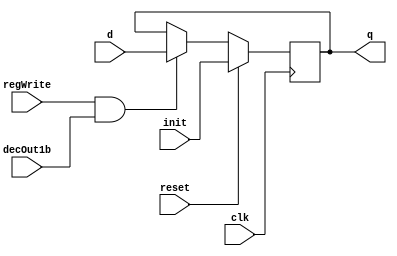
// Instruction Memory Design
module D_ff_Mem (input clk, input reset, input regWrite, input decOut1b,input init, input d, output reg q);
	always @ (negedge clk)
	begin
	if(reset==1)
		q=init;
	else
		if(regWrite == 1 && decOut1b==1) begin q=d; end
	end
endmodule

module register_Mem(input clk,input reset,input regWrite,input decOut1b,input [15:0]init, input [15:0] d_in, output [15:0] q_out);
	D_ff_Mem dMem0 (clk,reset,regWrite,decOut1b,init[0],d_in[0],q_out[0]);
	D_ff_Mem dMem1 (clk,reset,regWrite,decOut1b,init[1],d_in[1],q_out[1]);
	D_ff_Mem dMem2 (clk,reset,regWrite,decOut1b,init[2],d_in[2],q_out[2]);
	D_ff_Mem dMem3 (clk,reset,regWrite,decOut1b,init[3],d_in[3],q_out[3]);
	
	D_ff_Mem dMem4 (clk,reset,regWrite,decOut1b,init[4],d_in[4],q_out[4]);
	D_ff_Mem dMem5 (clk,reset,regWrite,decOut1b,init[5],d_in[5],q_out[5]);
	D_ff_Mem dMem6 (clk,reset,regWrite,decOut1b,init[6],d_in[6],q_out[6]);
	D_ff_Mem dMem7 (clk,reset,regWrite,decOut1b,init[7],d_in[7],q_out[7]);

	D_ff_Mem dMem8 (clk,reset,regWrite,decOut1b,init[8],d_in[8],q_out[8]);
	D_ff_Mem dMem9 (clk,reset,regWrite,decOut1b,init[9],d_in[9],q_out[9]);
	D_ff_Mem dMem10 (clk,reset,regWrite,decOut1b,init[10],d_in[10],q_out[10]);
	D_ff_Mem dMem11 (clk,reset,regWrite,decOut1b,init[11],d_in[11],q_out[11]);
	
	D_ff_Mem dMem12 (clk,reset,regWrite,decOut1b,init[12],d_in[12],q_out[12]);
	D_ff_Mem dMem13 (clk,reset,regWrite,decOut1b,init[13],d_in[13],q_out[13]);
	D_ff_Mem dMem14 (clk,reset,regWrite,decOut1b,init[14],d_in[14],q_out[14]);
	D_ff_Mem dMem15 (clk,reset,regWrite,decOut1b,init[15],d_in[15],q_out[15]);
endmodule

module decoder4to16( input [3:0] destReg, output reg [15:0] decOut);
	always@(destReg)
	case(destReg)
			4'b0000: decOut=16'b0000000000000001; 
			4'b0001: decOut=16'b0000000000000010;
			4'b0010: decOut=16'b0000000000000100;
			4'b0011: decOut=16'b0000000000001000;
			4'b0100: decOut=16'b0000000000010000;
			4'b0101: decOut=16'b0000000000100000;
			4'b0110: decOut=16'b0000000001000000;
			4'b0111: decOut=16'b0000000010000000;
			4'b1000: decOut=16'b0000000100000000; 
			4'b1001: decOut=16'b0000001000000000;
			4'b1010: decOut=16'b0000010000000000;
			4'b1011: decOut=16'b0000100000000000;
			4'b1100: decOut=16'b0001000000000000;
			4'b1101: decOut=16'b0010000000000000;
			4'b1110: decOut=16'b0100000000000000;
			4'b1111: decOut=16'b1000000000000000;
	endcase
endmodule

module mux16to1( input [15:0] outR0,outR1,outR2,outR3,outR4,outR5,outR6,outR7,outR8,outR9,outR10,outR11,outR12,outR13,outR14,outR15, input [3:0] Sel, output reg [15:0] outBus );
	always@(outR0 or outR1 or outR2 or outR3 or outR4 or outR5 or outR6 or outR7 or outR8 or outR9 or outR10 or outR11 or outR12 or outR13 or outR14 or outR15 or Sel)
	case (Sel)
				4'b0000: outBus=outR0;
				4'b0001: outBus=outR1;
				4'b0010: outBus=outR2;
				4'b0011: outBus=outR3;
				4'b0100: outBus=outR4;
				4'b0101: outBus=outR5;
				4'b0110: outBus=outR6;
				4'b0111: outBus=outR7;
				4'b1000: outBus=outR8;
				4'b1001: outBus=outR9;
				4'b1010: outBus=outR10;
				4'b1011: outBus=outR11;
				4'b1100: outBus=outR12;
				4'b1101: outBus=outR13;
				4'b1110: outBus=outR14;
				4'b1111: outBus=outR15;
	endcase
endmodule

module Mem(input clk, input reset,input memWrite,input memRead, input [15:0] pc, input [15:0] dataIn,output [15:0] IR );
	wire [15:0] Qout0, Qout1, Qout2, Qout3, Qout4, Qout5, Qout6, Qout7,
					Qout8, Qout9, Qout10, Qout11, Qout12, Qout13, Qout14, Qout15,decOut;

	decoder4to16 dec0( pc[4:1], decOut);
	
	register_Mem r0(clk,reset,memWrite,decOut[0],16'b 101_0000_0001_00001,dataIn,Qout0); //addi $r1,$r0,1
	register_Mem r1(clk,reset,memWrite,decOut[1],16'b 101_0000_0010_00010,dataIn,Qout1); //addi $r2,$r0,2
	register_Mem r2(clk,reset,memWrite,decOut[2],16'b 000_0001_0010_00011,dataIn,Qout2); //add $r3,$r1,$r2
	register_Mem r3(clk,reset,memWrite,decOut[3],16'b 001_0010_0010_00000,dataIn,Qout3); //mul $r2,$r2
	
	register_Mem r4(clk,reset,memWrite,decOut[4],16'b 100_0000_0000_00100,dataIn,Qout4); //mflo $r4
	register_Mem r5(clk,reset,memWrite,decOut[5],16'b 000_0100_0011_00111,dataIn,Qout5); //add $r7, $r4, $r3
	register_Mem r6(clk,reset,memWrite,decOut[6],16'b 111_0100_0111_11010,dataIn,Qout6); //sw $r7,26($r4)
	register_Mem r7(clk,reset,memWrite,decOut[7],16'b 000_0111_0001_00111,dataIn,Qout7);  //add $r7,$r7,$r1
	
	register_Mem r8(clk,reset,memWrite,decOut[8],16'b 000_0000_0111_01000,dataIn,Qout8); //add $r8, $r0, $r7
	register_Mem r9(clk,reset,memWrite,decOut[9],16'b 110_0100_0111_11010,dataIn,Qout9); //lw $r7, 26($r4)
	register_Mem r10(clk,reset,memWrite,decOut[10],16'b 000_1000_0100_01100,dataIn,Qout10); //add $r12,$r8,$r4
	register_Mem r11(clk,reset,memWrite,decOut[11],16'b 010_1100_0111_00000,dataIn,Qout11); //div $r12,$r7
	
	register_Mem r12(clk,reset,memWrite,decOut[12],16'b 011_0000_0000_00101,dataIn,Qout12); //mfhi $r5
	register_Mem r13(clk,reset,memWrite,decOut[13],16'b 000_0101_0001_00110,dataIn,Qout13); //add $r6, $r5, $r1
	register_Mem r14(clk,reset,memWrite,decOut[14],16'd0,dataIn,Qout14);
	register_Mem r15(clk,reset,memWrite,decOut[15],16'd0,dataIn,Qout15);	//This memory location stores contents of $r7
	
	mux16to1 mMem (Qout0,Qout1,Qout2,Qout3,Qout4,Qout5,Qout6,Qout7,Qout8,Qout9,Qout10,Qout11,Qout12,Qout13,Qout14,Qout15,pc[4:1],IR);
endmodule
//Instruction Memory Design Ends

//Register File Design
module D_ff (input clk, input reset, input regWrite, input decOut1b, input d, output reg q);
	always @ (negedge clk)
	begin
	if(reset==1'b1)
		q=0;
	else
		if(regWrite == 1'b1 && decOut1b==1'b1) begin q=d; end
	end
endmodule

module register16bit( input clk, input reset, input regWrite, input decOut1b, input [15:0] writeData, output  [15:0] outR );
	D_ff d0(clk, reset, regWrite, decOut1b, writeData[0], outR[0]);
	D_ff d1(clk, reset, regWrite, decOut1b, writeData[1], outR[1]);
	D_ff d2(clk, reset, regWrite, decOut1b, writeData[2], outR[2]);
	D_ff d3(clk, reset, regWrite, decOut1b, writeData[3], outR[3]);
	D_ff d4(clk, reset, regWrite, decOut1b, writeData[4], outR[4]);
	D_ff d5(clk, reset, regWrite, decOut1b, writeData[5], outR[5]);
	D_ff d6(clk, reset, regWrite, decOut1b, writeData[6], outR[6]);
	D_ff d7(clk, reset, regWrite, decOut1b, writeData[7], outR[7]);
	D_ff d8(clk, reset, regWrite, decOut1b, writeData[8], outR[8]);
	D_ff d9(clk, reset, regWrite, decOut1b, writeData[9], outR[9]);
	D_ff d10(clk, reset, regWrite, decOut1b, writeData[10], outR[10]);
	D_ff d11(clk, reset, regWrite, decOut1b, writeData[11], outR[11]);
	D_ff d12(clk, reset, regWrite, decOut1b, writeData[12], outR[12]);
	D_ff d13(clk, reset, regWrite, decOut1b, writeData[13], outR[13]);
	D_ff d14(clk, reset, regWrite, decOut1b, writeData[14], outR[14]);
	D_ff d15(clk, reset, regWrite, decOut1b, writeData[15], outR[15]);
endmodule

module registerSet( input clk, input reset, input regWrite, input [15:0] decOut, input [15:0] writeData,  output [15:0] outR0,outR1,outR2,outR3,outR4,outR5,outR6,outR7,outR8,outR9,outR10,outR11,outR12,outR13,outR14,outR15 );
	register16bit r0 (clk, reset, regWrite, decOut[0] , writeData , outR0 );
	register16bit r1 (clk, reset, regWrite, decOut[1] , writeData , outR1 );
	register16bit r2 (clk, reset, regWrite, decOut[2] , writeData , outR2 );
	register16bit r3 (clk, reset, regWrite, decOut[3] , writeData , outR3 );
	register16bit r4 (clk, reset, regWrite, decOut[4] , writeData , outR4 );
	register16bit r5 (clk, reset, regWrite, decOut[5] , writeData , outR5 );
	register16bit r6 (clk, reset, regWrite, decOut[6] , writeData , outR6 );
	register16bit r7 (clk, reset, regWrite, decOut[7] , writeData , outR7 );
	register16bit r8 (clk, reset, regWrite, decOut[8] , writeData , outR8 );
	register16bit r9 (clk, reset, regWrite, decOut[9] , writeData , outR9 );
	register16bit r10 (clk, reset, regWrite, decOut[10] , writeData , outR10 );
	register16bit r11(clk, reset, regWrite, decOut[11] , writeData , outR11 );
	register16bit r12 (clk, reset, regWrite, decOut[12] , writeData , outR12 );
	register16bit r13 (clk, reset, regWrite, decOut[13] , writeData , outR13 );
	register16bit r14 (clk, reset, regWrite, decOut[14] , writeData , outR14 );
	register16bit r15 (clk, reset, regWrite, decOut[15] , writeData , outR15 );
endmodule

module registerFile(input clk, input reset, input regWrite, input [3:0] srcRegA, input [3:0] srcRegB, 
		input [3:0] destReg,  input [15:0] writeData, output [15:0] outBusA, output [15:0] outBusB );
	wire [15:0] decOut;
	wire [15:0] outR0,outR1,outR2,outR3,outR4,outR5,outR6,outR7,outR8,outR9,outR10,outR11,outR12,outR13,outR14,outR15;
	decoder4to16 d0 (destReg,decOut);
	registerSet rSet0(clk, reset, regWrite, decOut, writeData, outR0,outR1,outR2,outR3,outR4,outR5,outR6,outR7,outR8,outR9,outR10,outR11,outR12,outR13,outR14,outR15);
	mux16to1 m1(outR0,outR1,outR2,outR3,outR4,outR5,outR6,outR7,outR8,outR9,outR10,outR11,outR12,outR13,outR14,outR15,srcRegA,outBusA);
	mux16to1 m2(outR0,outR1,outR2,outR3,outR4,outR5,outR6,outR7,outR8,outR9,outR10,outR11,outR12,outR13,outR14,outR15,srcRegB,outBusB);
endmodule
//Register File Design Ends

//D_ff for IR register
module D_ff_IR (input IRWrite, input d, output reg q);
	always @ (IRWrite or d)
		begin
		if(IRWrite)
			q=d;
		end
endmodule

//Register to be used for IR register
module register16bit_IR(IRWrite, writeData, outBus);

	input IRWrite;
	input [15:0] writeData;
	output [15:0] outBus;
	D_ff_IR d0(IRWrite, writeData[0], outBus[0]);
	D_ff_IR d1(IRWrite, writeData[1], outBus[1]);
	D_ff_IR d2(IRWrite, writeData[2], outBus[2]);
	D_ff_IR d3(IRWrite, writeData[3], outBus[3]);
	D_ff_IR d4(IRWrite, writeData[4], outBus[4]);
	D_ff_IR d5(IRWrite, writeData[5], outBus[5]);
	D_ff_IR d6(IRWrite, writeData[6], outBus[6]);
	D_ff_IR d7(IRWrite, writeData[7], outBus[7]);
	D_ff_IR d8(IRWrite, writeData[8], outBus[8]);
	D_ff_IR d9(IRWrite, writeData[9], outBus[9]);
	D_ff_IR d10(IRWrite, writeData[10], outBus[10]);
	D_ff_IR d11(IRWrite, writeData[11], outBus[11]);
	D_ff_IR d12(IRWrite, writeData[12], outBus[12]);
	D_ff_IR d13(IRWrite, writeData[13], outBus[13]);
	D_ff_IR d14(IRWrite, writeData[14], outBus[14]);
	D_ff_IR d15(IRWrite, writeData[15], outBus[15]);
endmodule

module mux2to1_16bits(input [15:0] in1, input [15:0] in2, input sel, output reg [15:0] muxout);
always @ (in1 or in2 or sel)
begin 
  case(sel)
    1'b0: muxout = in1;
    1'b1: muxout = in2;
  endcase
end  
	//Write your code here	 
endmodule

module mux2to1_4bits(input [3:0] in1, input [3:0] in2, input sel, output reg [3:0] muxout);
always @ (in1 or in2 or sel)
begin 
  case(sel)
    1'b0: muxout = in1;
    1'b1: muxout = in2;
  endcase
end				 
	//Write your code here					 
endmodule

module signExt5to16( input [4:0] offset, output reg [15:0] signExtOffset);
always @ (offset)
begin
  signExtOffset[0]=offset[0];
  signExtOffset[1]=offset[1];
  signExtOffset[2]=offset[2];
  signExtOffset[3]=offset[3];
  signExtOffset[4]=offset[4];
  signExtOffset[5]=offset[4];
  signExtOffset[6]=offset[4];
  signExtOffset[7]=offset[4];
  signExtOffset[8]=offset[4];
  signExtOffset[9]=offset[4];
  signExtOffset[10]=offset[4];
  signExtOffset[11]=offset[4];
  signExtOffset[12]=offset[4];
  signExtOffset[13]=offset[4];
  signExtOffset[14]=offset[4];
  signExtOffset[15]=offset[4];
//Write your code here
end						 
	//Write your code here				 
endmodule

module mux4to1_16bits(input [15:0] in1, input [15:0] in2, input [15:0] in3, input [1:0] sel, output reg [15:0] muxout);
	always @ (in1 or in2 or in3 or sel)
  begin
    case(sel)
      2'b00:muxout=in1;
      2'b01:muxout=in2;
      2'b10:muxout=in3;
      2'b11:muxout=in3;
  endcase
end  				 
	//Write your code here				 
endmodule

module ctrlCkt	(input clk, input reset, input [2:0] opcode, output reg PCWrite,output reg memRead,output reg memToReg,
				 output reg memWrite,output reg ALUsrcA,output reg regWrite,output reg regDest,output reg IRWrite,output reg IorD,
				 output reg loWrite,output reg hiWrite,output reg [1:0] toReg,output reg [1:0] ALUOp,output reg [1:0]ALUsrcB);

reg[3:0] state, nextstate;

always @ (negedge clk)
begin
  if (reset==1'b1)
  state=0;
  else if (reset==1'b0)
  state=nextstate;
end

always @ (state)
case(state)
  0:
  begin
    PCWrite = 1'b1;
    IorD = 1'b1;
    memRead = 1'b1;
    memWrite = 1'b0;
    IRWrite = 1'b1;
    ALUsrcA = 1'b0;
    ALUsrcB = 2'b01;
    ALUOp = 2'b00;
    hiWrite = 1'b0;
    loWrite = 1'b0;
    toReg = 2'b00;
    memToReg = 1'b0;
    regDest = 1'b0;
    regWrite = 1'b0;
    nextstate = 1;
  end
  
  1: 
    begin
    PCWrite = 1'b0;
    IorD = 1'b0;
    memRead = 1'b0;
    memWrite = 1'b0;
    IRWrite = 1'b0;
    ALUsrcA = 1'b0;
    ALUsrcB = 2'b00;
    ALUOp = 2'b00;
    hiWrite = 1'b0;
    loWrite = 1'b0;
    toReg = 2'b00;
    memToReg = 1'b0;
    regDest = 1'b0;
    regWrite = 1'b0;
    
    if(opcode==3'b000)
    nextstate = 2;
   else if (opcode==3'b001 | opcode==3'b010)
    nextstate = 4;
  else if (opcode==3'b011 | opcode==3'b100)
    nextstate = 5;
  else if (opcode==3'b101)
    nextstate = 6;
    else if (opcode==3'b110 | opcode==3'b111)
    nextstate = 8;
    
  end
  
    2:
  begin
    PCWrite = 1'b0;
    IorD = 1'b0;
    memRead = 1'b0;
    memWrite = 1'b0;
    IRWrite = 1'b0;
    ALUsrcA = 1'b1;
    ALUsrcB = 2'b00;
    ALUOp = 2'b00;
    hiWrite = 1'b0;
    loWrite = 1'b0;
    toReg = 2'b00;
    memToReg = 1'b0;
    regDest = 1'b0;
    regWrite = 1'b0;
    nextstate = 3;
  end
  
  3:
  begin
    PCWrite = 1'b0;
    IorD = 1'b0;
    memRead = 1'b0;
    memWrite = 1'b0;
    IRWrite = 1'b0;
    ALUsrcA = 1'b0;
    ALUsrcB = 2'b00;
    ALUOp = 2'b00;
    hiWrite = 1'b0;
    loWrite = 1'b0;
    toReg = 2'b10;
    memToReg = 1'b0;
    regDest = 1'b1;
    regWrite = 1'b1;
    nextstate = 0;
  end
  
  4:
  begin
    PCWrite = 1'b0;
    IorD = 1'b0;
    memRead = 1'b0;
    memWrite = 1'b0;
    IRWrite = 1'b0;
    ALUsrcA = 1'b1;
    ALUsrcB = 2'b00;
    
    if (opcode==3'b001)
    ALUOp = 2'b01;
    else if (opcode==3'b010)
    ALUOp = 2'b10;
     
    hiWrite = 1'b1;
    loWrite = 1'b1;
    toReg = 2'b00;
    memToReg = 1'b0;
    regDest = 1'b0;
    regWrite = 1'b0;
    nextstate = 0;
  end
  
    5:
    begin
    PCWrite = 1'b0;
    IorD = 1'b0;
    memRead = 1'b0;
    memWrite = 1'b0;
    IRWrite = 1'b0;
    ALUsrcA = 1'b0;
    ALUsrcB = 2'b00;
    ALUOp = 2'b00;
    hiWrite = 1'b0;
    loWrite = 1'b0;
    
    if (opcode==3'b100)
    toReg = 2'b01;
    else if (opcode==3'b011)
    toReg = 2'b00;
    
    memToReg = 1'b0;
    regDest = 1'b1;
    regWrite = 1'b1;
    nextstate = 0;
  end
  
    6:
    begin
    PCWrite = 1'b0;
    IorD = 1'b0;
    memRead = 1'b0;
    memWrite = 1'b0;
    IRWrite = 1'b0;
    ALUsrcA = 1'b1;
    ALUsrcB = 2'b10;
    ALUOp = 2'b00;
    hiWrite = 1'b0;
    loWrite = 1'b0;
    toReg = 2'b00;
    memToReg = 1'b0;
    regDest = 1'b0;
    regWrite = 1'b0;
    nextstate = 7;
  end
  
    7:
    begin
    PCWrite = 1'b0;
    IorD = 1'b0;
    memRead = 1'b0;
    memWrite = 1'b0;
    IRWrite = 1'b0;
    ALUsrcA = 1'b0;
    ALUsrcB = 2'b00;
    ALUOp = 2'b00;
    hiWrite = 1'b0;
    loWrite = 1'b0;
    toReg = 2'b10;
    memToReg = 1'b0;
    regDest = 1'b0;
    regWrite = 1'b1;
    nextstate = 0;
  end
  
    8:
    begin
    PCWrite = 1'b0;
    IorD = 1'b0;
    memRead = 1'b0;
    memWrite = 1'b0;
    IRWrite = 1'b0;
    ALUsrcA = 1'b1;
    ALUsrcB = 2'b10;
    ALUOp = 2'b00;
    hiWrite = 1'b0;
    loWrite = 1'b0;
    toReg = 2'b00;
    memToReg = 1'b0;
    regDest = 1'b0;
    regWrite = 1'b0;
    
    if(opcode==3'b110)
    nextstate = 9;
    else if (opcode==3'b111)
    nextstate = 11;
    
  end
  
    9: 
    begin
    PCWrite = 1'b0;
    IorD = 1'b0;
    memRead = 1'b1;
    memWrite = 1'b0;
    IRWrite = 1'b0;
    ALUsrcA = 1'b0;
    ALUsrcB = 2'b00;
    ALUOp = 2'b00;
    hiWrite = 1'b0;
    loWrite = 1'b0;
    toReg = 2'b10;
    memToReg = 1'b0;
    regDest = 1'b0;
    regWrite = 1'b0;
    nextstate = 10;
  end
  
    10: 
    begin
    PCWrite = 1'b0;
    IorD = 1'b0;
    memRead = 1'b0;
    memWrite = 1'b0;
    IRWrite = 1'b0;
    ALUsrcA = 1'b0;
    ALUsrcB = 2'b00;
    ALUOp = 2'b00;
    hiWrite = 1'b0;
    loWrite = 1'b0;
    toReg = 2'b00;
    memToReg = 1'b1;
    regDest = 1'b0;
    regWrite = 1'b1;
    nextstate = 0;
  end
  
    11: 
    begin
    PCWrite = 1'b0;
    IorD = 1'b0;
    memRead = 1'b0;
    memWrite = 1'b1;
    IRWrite = 1'b0;
    ALUsrcA = 1'b0;
    ALUsrcB = 2'b00;
    ALUOp = 2'b00;
    hiWrite = 1'b0;
    loWrite = 1'b0;
    toReg = 2'b10;
    memToReg = 1'b0;
    regDest = 1'b0;
    regWrite = 1'b0;
    nextstate = 0;
  end
endcase
	//Write your code here				 
endmodule


//For Multiplication lo register stores least significant 16 bits of result and hi register stores most significant 16 bits of result
//For Division lo register stores quotient of result and hi register stores remainder of result
module alu(input [15:0] aluIn1, input [15:0] aluIn2, input [1:0] aluOp, output reg [15:0] aluOut1,output reg [15:0] aluOut2);
	reg[31:0] r;
	always @ (aluIn1 or aluIn2 or aluOp)
  begin
      case(aluOp)
        2'b00:aluOut1 = aluIn1 + aluIn2;
        2'b01:begin r=aluIn1*aluIn2; aluOut1=r[15:0]; aluOut2=r[31:16]; end
        2'b10:begin aluOut2=aluIn1%aluIn2; aluOut1=aluIn1/aluIn2; end
      endcase
 end 				 
	//Write your code here				 
endmodule

//top module
module multiCycle(input clk, input reset, output [15:0] Result );
wire [15:0] outIR;
wire[3:0] muxout1;
wire[15:0] outRpc, outRhi, outRlo, outsext, A, B, outmdr, writeData, outaluR, muxout0, muxout2, muxout3;
wire PCWrite, memRead, memToReg, memWrite, ALUsrcA, regWrite, regDest, IRWrite, IorD, loWrite, hiWrite;
wire[1:0] toReg, ALUOp, ALUsrcB;
wire[15:0] outBusA, outBusB, writeIn, aluOut1, aluOut2;

register16bit pc( clk, reset, PCWrite, 1'b1, aluOut1, outRpc);
register16bit hi( clk, reset, hiWrite, 1'b1, aluOut2, outRhi );
register16bit lo( clk, reset, loWrite, 1'b1, aluOut1, outRlo );
register16bit a( clk, reset, 1'b1, 1'b1, outBusA, A);
register16bit b( clk, reset, 1'b1, 1'b1, outBusB, B);
register16bit mdr( clk, reset, 1'b1, 1'b1, writeData, outmdr);
register16bit_IR ir1(IRWrite, writeData, outIR);	 
register16bit alu1(clk, reset, 1'b1, 1'b1, aluOut1, outaluR);

ctrlCkt	ck1(clk, reset, outIR[15:13], PCWrite, memRead, memToReg, memWrite, ALUsrcA, regWrite, regDest, IRWrite, IorD, loWrite, hiWrite, toReg, ALUOp, ALUsrcB);

Mem me1(clk, reset, memWrite , memRead, muxout0, outBusB, writeData );	

registerFile r1(clk, reset, regWrite, outIR[12:9], outIR[8:5],	muxout1, writeIn, outBusA, outBusB );

signExt5to16 s1( outIR[4:0], outsext);

mux2to1_16bits m0(Result, outRpc, IorD, muxout0);
mux2to1_4bits m1(outIR[8:5], outIR[3:0], regDest, muxout1);
mux2to1_16bits m2(outRpc, A, ALUsrcA, muxout2);
mux4to1_16bits m3(B, 16'b0000000000000010, outsext, ALUsrcB, muxout3);
mux4to1_16bits m4(outRhi, outRlo, outaluR, toReg, Result);
mux2to1_16bits m5(Result, outmdr, memToReg, writeIn);

alu a1(muxout2, muxout3, ALUOp, aluOut1, aluOut2);
	//Write your code here
	//Create instance of register16bit_IR register for IR register. 				 	
endmodule

module multiCycleTestBench;
	reg clk;
	reg reset;
	wire [15:0] Result;
	multiCycle uut (.clk(clk), .reset(reset), .Result(Result));

	always
	#5 clk=~clk;
	
	initial
	begin
		clk=0; reset=1;
		#10  reset=0;	
		
		#570 $finish; 
	end
endmodule